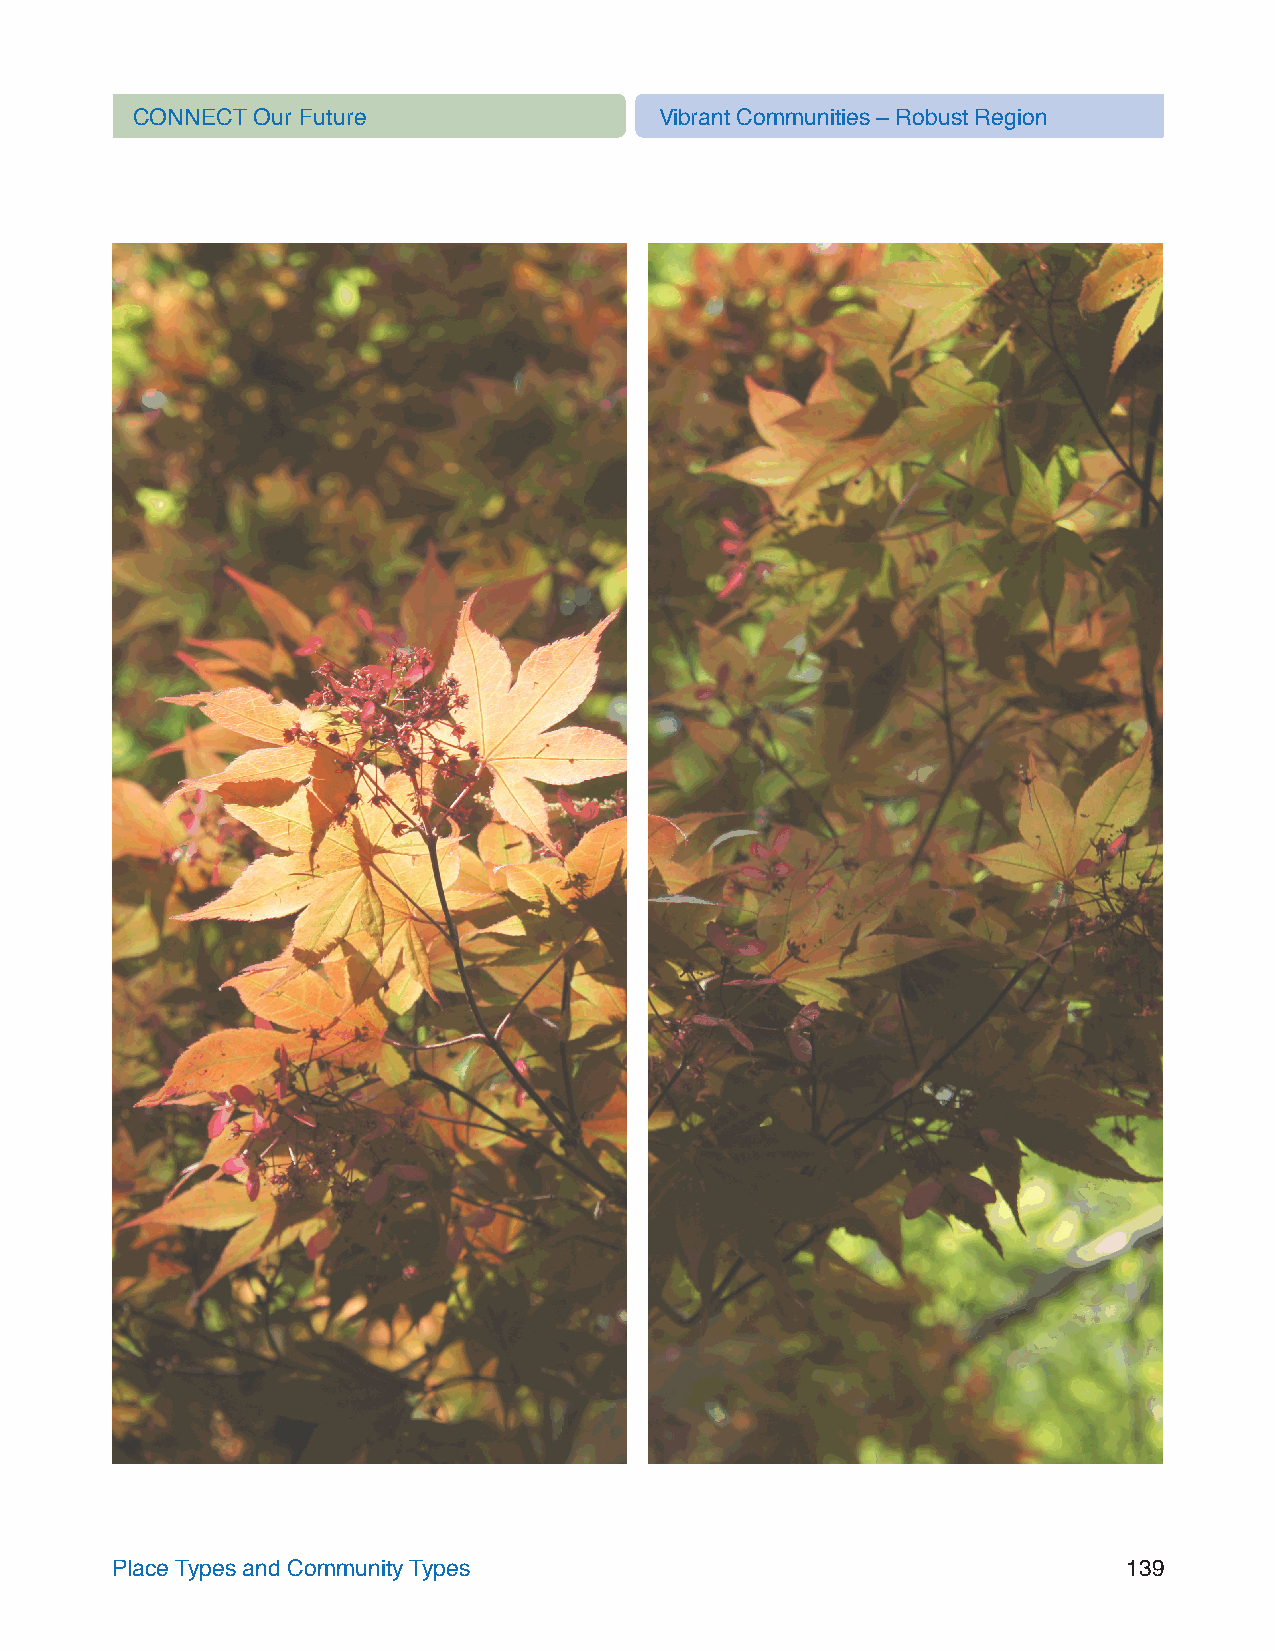
CONNECT Our Future                 Vibrant Communities – Robust Region
 Place Types and Community Types                                     139